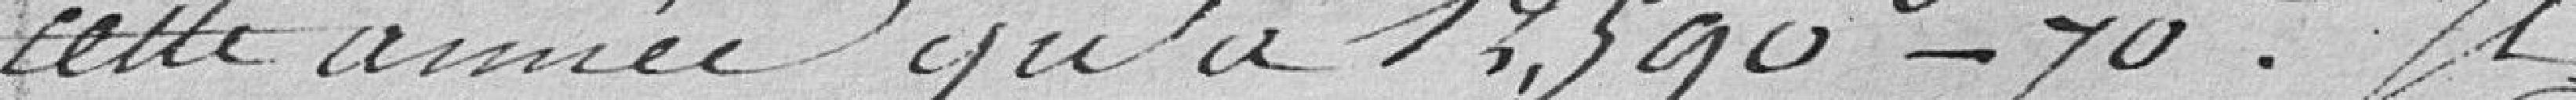
cette année qu'à 13,590 - 70. Il